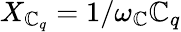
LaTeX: X_{\mathbb{C}_{q}}=1/\omega_{\mathbb{C}}\mathbb{C}_{q}